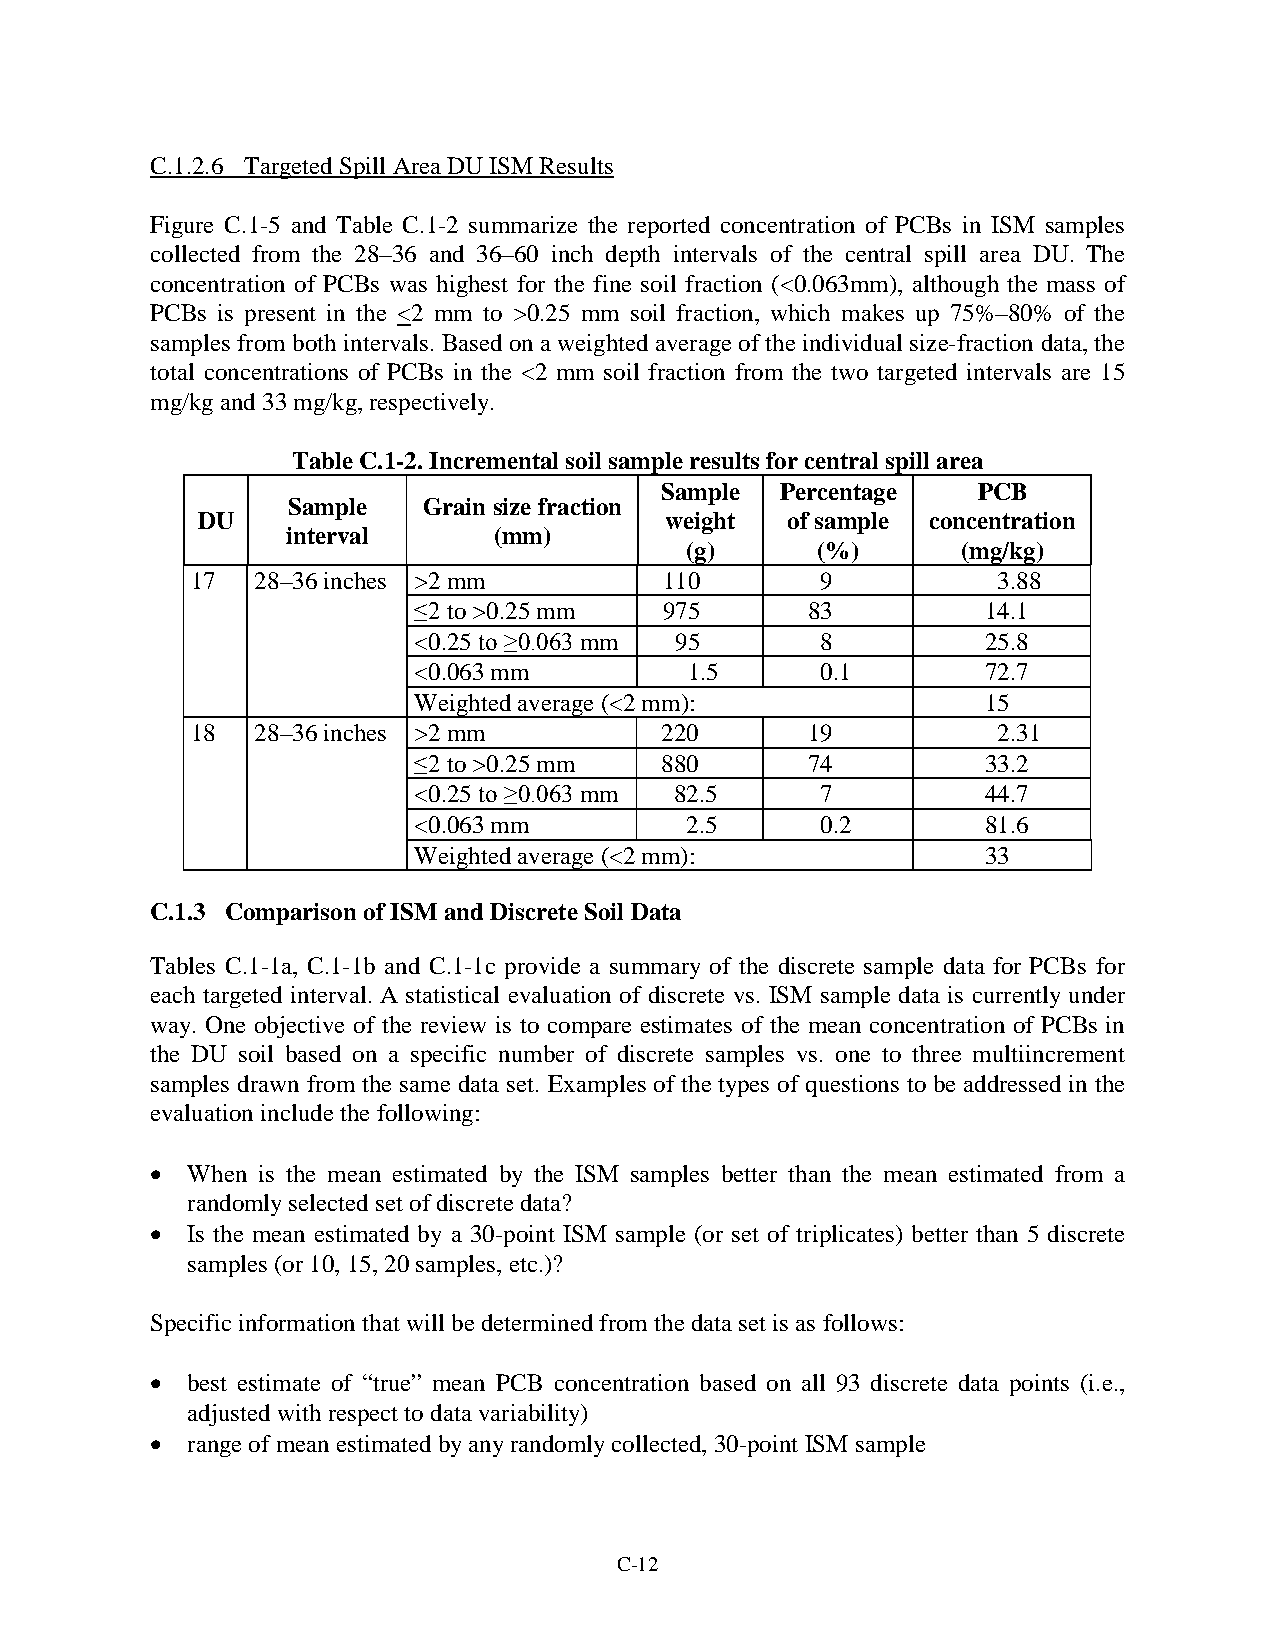
C.1.2.6 Targeted Spill Area DU ISM Results
 Figure C.1-5 and Table C.1-2 summarize the reported concentration of PCBs in ISM samples
 collected from the 28–36 and 36–60 inch depth intervals of the central spill area DU. The
 concentration of PCBs was highest for the fine soil fraction (<0.063mm), although the mass of
 PCBs is present in the <2 mm to >0.25 mm soil fraction, which makes up 75%–80% of the
 samples from both intervals. Based on a weighted average of the individual size-fraction data, the
 total concentrations of PCBs in the <2 mm soil fraction from the two targeted intervals are 15
 mg/kg and 33 mg/kg, respectively.
 Table C.1-2. Incremental soil sample results for central spill area
 Sample  Percentage   PCB
 Sample   Grain size fraction
 DU                             weight  of sample concentration
 interval      (mm)
 (g)      (%)       (mg/kg)
 17  28–36 inches >2 mm         110       9           3.88
 ≤2 to >0.25 mm   975      83          14.1
 <0.25 to ≥0.063 mm 95      8          25.8
 <0.063 mm          1.5     0.1        72.7
 Weighted average (<2 mm):             15
 18  28–36 inches >2 mm         220      19           2.31
 ≤2 to >0.25 mm   880      74          33.2
 <0.25 to ≥0.063 mm 82.5    7          44.7
 <0.063 mm         2.5      0.2        81.6
 Weighted average (<2 mm):             33
 C.1.3 Comparison of ISM and Discrete Soil Data
 Tables C.1-1a, C.1-1b and C.1-1c provide a summary of the discrete sample data for PCBs for
 each targeted interval. A statistical evaluation of discrete vs. ISM sample data is currently under
 way. One objective of the review is to compare estimates of the mean concentration of PCBs in
 the DU soil based on a specific number of discrete samples vs. one to three multiincrement
 samples drawn from the same data set. Examples of the types of questions to be addressed in the
 evaluation include the following:
 • When is the mean estimated by the ISM samples better than the mean estimated from a
 randomly selected set of discrete data?
 • Is the mean estimated by a 30-point ISM sample (or set of triplicates) better than 5 discrete
 samples (or 10, 15, 20 samples, etc.)?
 Specific information that will be determined from the data set is as follows:
 • best estimate of “true” mean PCB concentration based on all 93 discrete data points (i.e.,
 adjusted with respect to data variability)
 • range of mean estimated by any randomly collected, 30-point ISM sample
 C-12